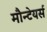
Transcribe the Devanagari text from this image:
मौन्टेयर्स